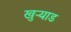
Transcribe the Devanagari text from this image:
खुऱ्याड